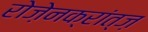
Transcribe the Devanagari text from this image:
रोज़ेनक्रांत्ज़